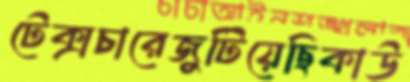
টেক্সচারেজুটিয়েছিকাউ